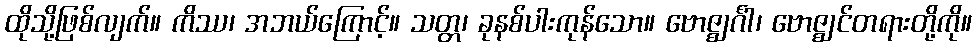
ထိုသို့ဖြစ်လျက်။ ကိဿ၊ အဘယ်ကြောင့်။ သတ္တ၊ ခုနစ်ပါးကုန်သော။ ဗောဇ္ဈင်္ဂါ၊ ဗောဇ္ဈင်တရားတို့ကို။